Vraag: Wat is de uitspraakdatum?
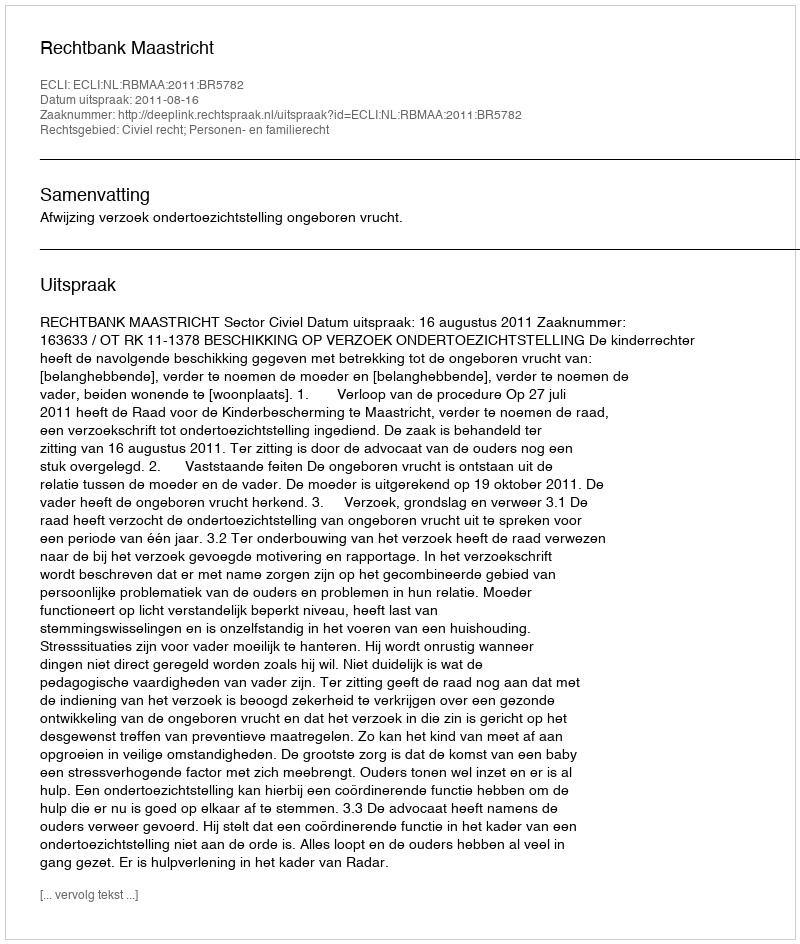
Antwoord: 2011-08-16